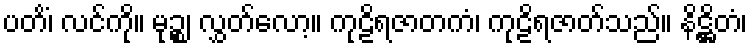
ပတိံ၊ လင်ကို။ မုဉ္စ၊ လွှတ်လော့။ ကုဠိရဇာတကံ၊ ကုဠိရဇာတ်သည်။ နိဋ္ဌိတံ၊